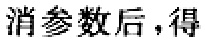
消参数后，得